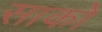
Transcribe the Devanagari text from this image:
साको